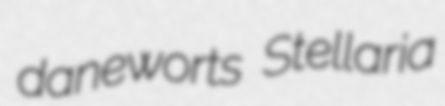
daneworts Stellaria